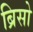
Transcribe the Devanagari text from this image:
ब्रिसो